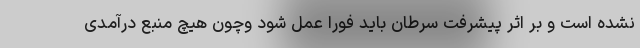
نشده است و بر اثر پیشرفت سرطان باید فورا عمل شود وچون هیچ منبع درآمدی